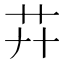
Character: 𦬠